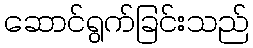
ဆောင်ရွက်ခြင်းသည်